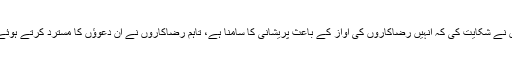
اسرائیلی فورسز کے مطابق کچھ شہریوں نے شکایت کی کہ انہیں رضاکاروں کی آواز کے باعث پریشانی کا سامنا ہے، تاہم رضاکاروں نے ان دعوؤں کا مسترد کرتے ہوئے کہا کہ ان کا عمل فلسطین کا ورثہ ہے۔